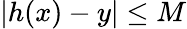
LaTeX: |h(x)-y|\leq M